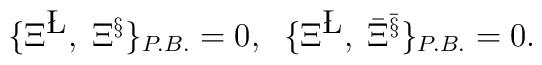
\{ \Xi^{\L},\;  \Xi^{\S} \}_{P.B.}=0, \;\;  \{ \Xi^{\L}, \; {\bar\Xi}^{\bar\S}\}_{P.B.}=0.